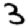
Digit: 3